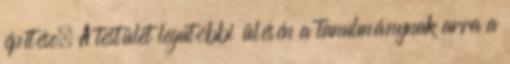
építése. A testület legutóbbi ülésén a tanulmánynak arra a